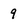
Character: 9